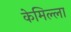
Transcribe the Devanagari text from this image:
केमिल्ला